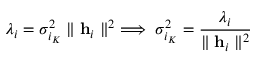
\lambda _ { i } = \sigma _ { i _ { K } } ^ { 2 } \parallel \mathbf { h } _ { i } \parallel ^ { 2 } \implies \sigma _ { i _ { K } } ^ { 2 } = \frac { \lambda _ { i } } { \parallel \mathbf { h } _ { i } \parallel ^ { 2 } }